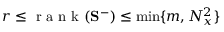
r \leq \mathrm { ~ r ~ a ~ n ~ k ~ } ( \mathbf { S } ^ { - } ) \leq \operatorname* { m i n } \{ m , N _ { x } ^ { 2 } \}